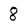
Character: 8